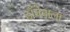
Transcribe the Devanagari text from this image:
ढाँचेवाला